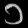
Digit: ၁